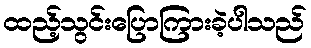
ထည့်သွင်းပြောကြားခဲ့ပါသည်